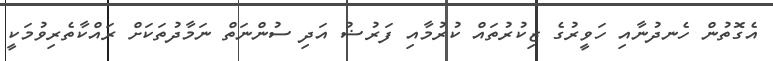
އެގޮތުން ހެނދުނާއި ހަވީރުގެ ޒިކުރުތައް ކުރުމާއި ފަރުޟު އަދި ސުންނަތް ނަމާދުތަކަށް ރައްކާތެރިވުމަކީ